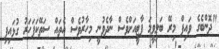
"ދޮންބެގެ ވައިފް މިރޭ ބަލިވީމަ ޕާޓީއަށްވެސް ނާދެވުނީ މިހާރުވެސް އެތައް ސަތޭކަފަހަރު ގުޅައިފި